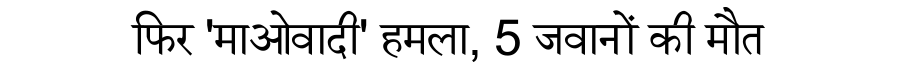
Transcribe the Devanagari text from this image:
फिर 'माओवादी' हमला, 5 जवानों की मौत